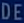
DEE